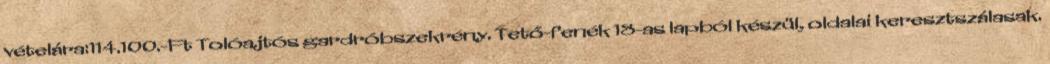
vételára:114.100.-Ft Tolóajtós gardróbszekrény. Tető-fenék 18-as lapból készül, oldalai keresztszálasak.